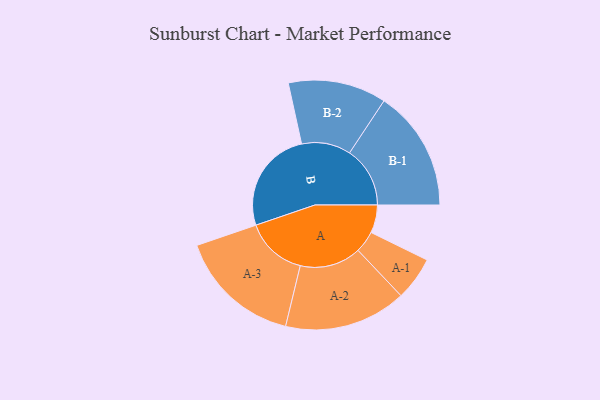
{"axis": {"x": "Segment", "y": "Value"}, "legend": ["", "A", "B"], "data": [{"x": "A", "y": 128, "type": ""}, {"x": "B", "y": 473, "type": ""}, {"x": "A-1", "y": 100, "type": "A"}, {"x": "A-2", "y": 280, "type": "A"}, {"x": "A-3", "y": 282, "type": "A"}, {"x": "B-1", "y": 277, "type": "B"}, {"x": "B-2", "y": 225, "type": "B"}]}